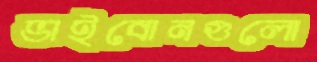
ভাইবোনগুলো